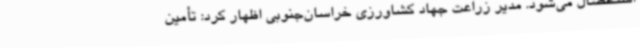
استحصال می‌شود. مدیر زراعت جهاد کشاورزی خراسان‌جنوبی اظهار کرد: تأمین